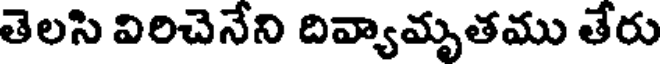
తెలసి విరిచెనేని దివ్యామృతము తేరు